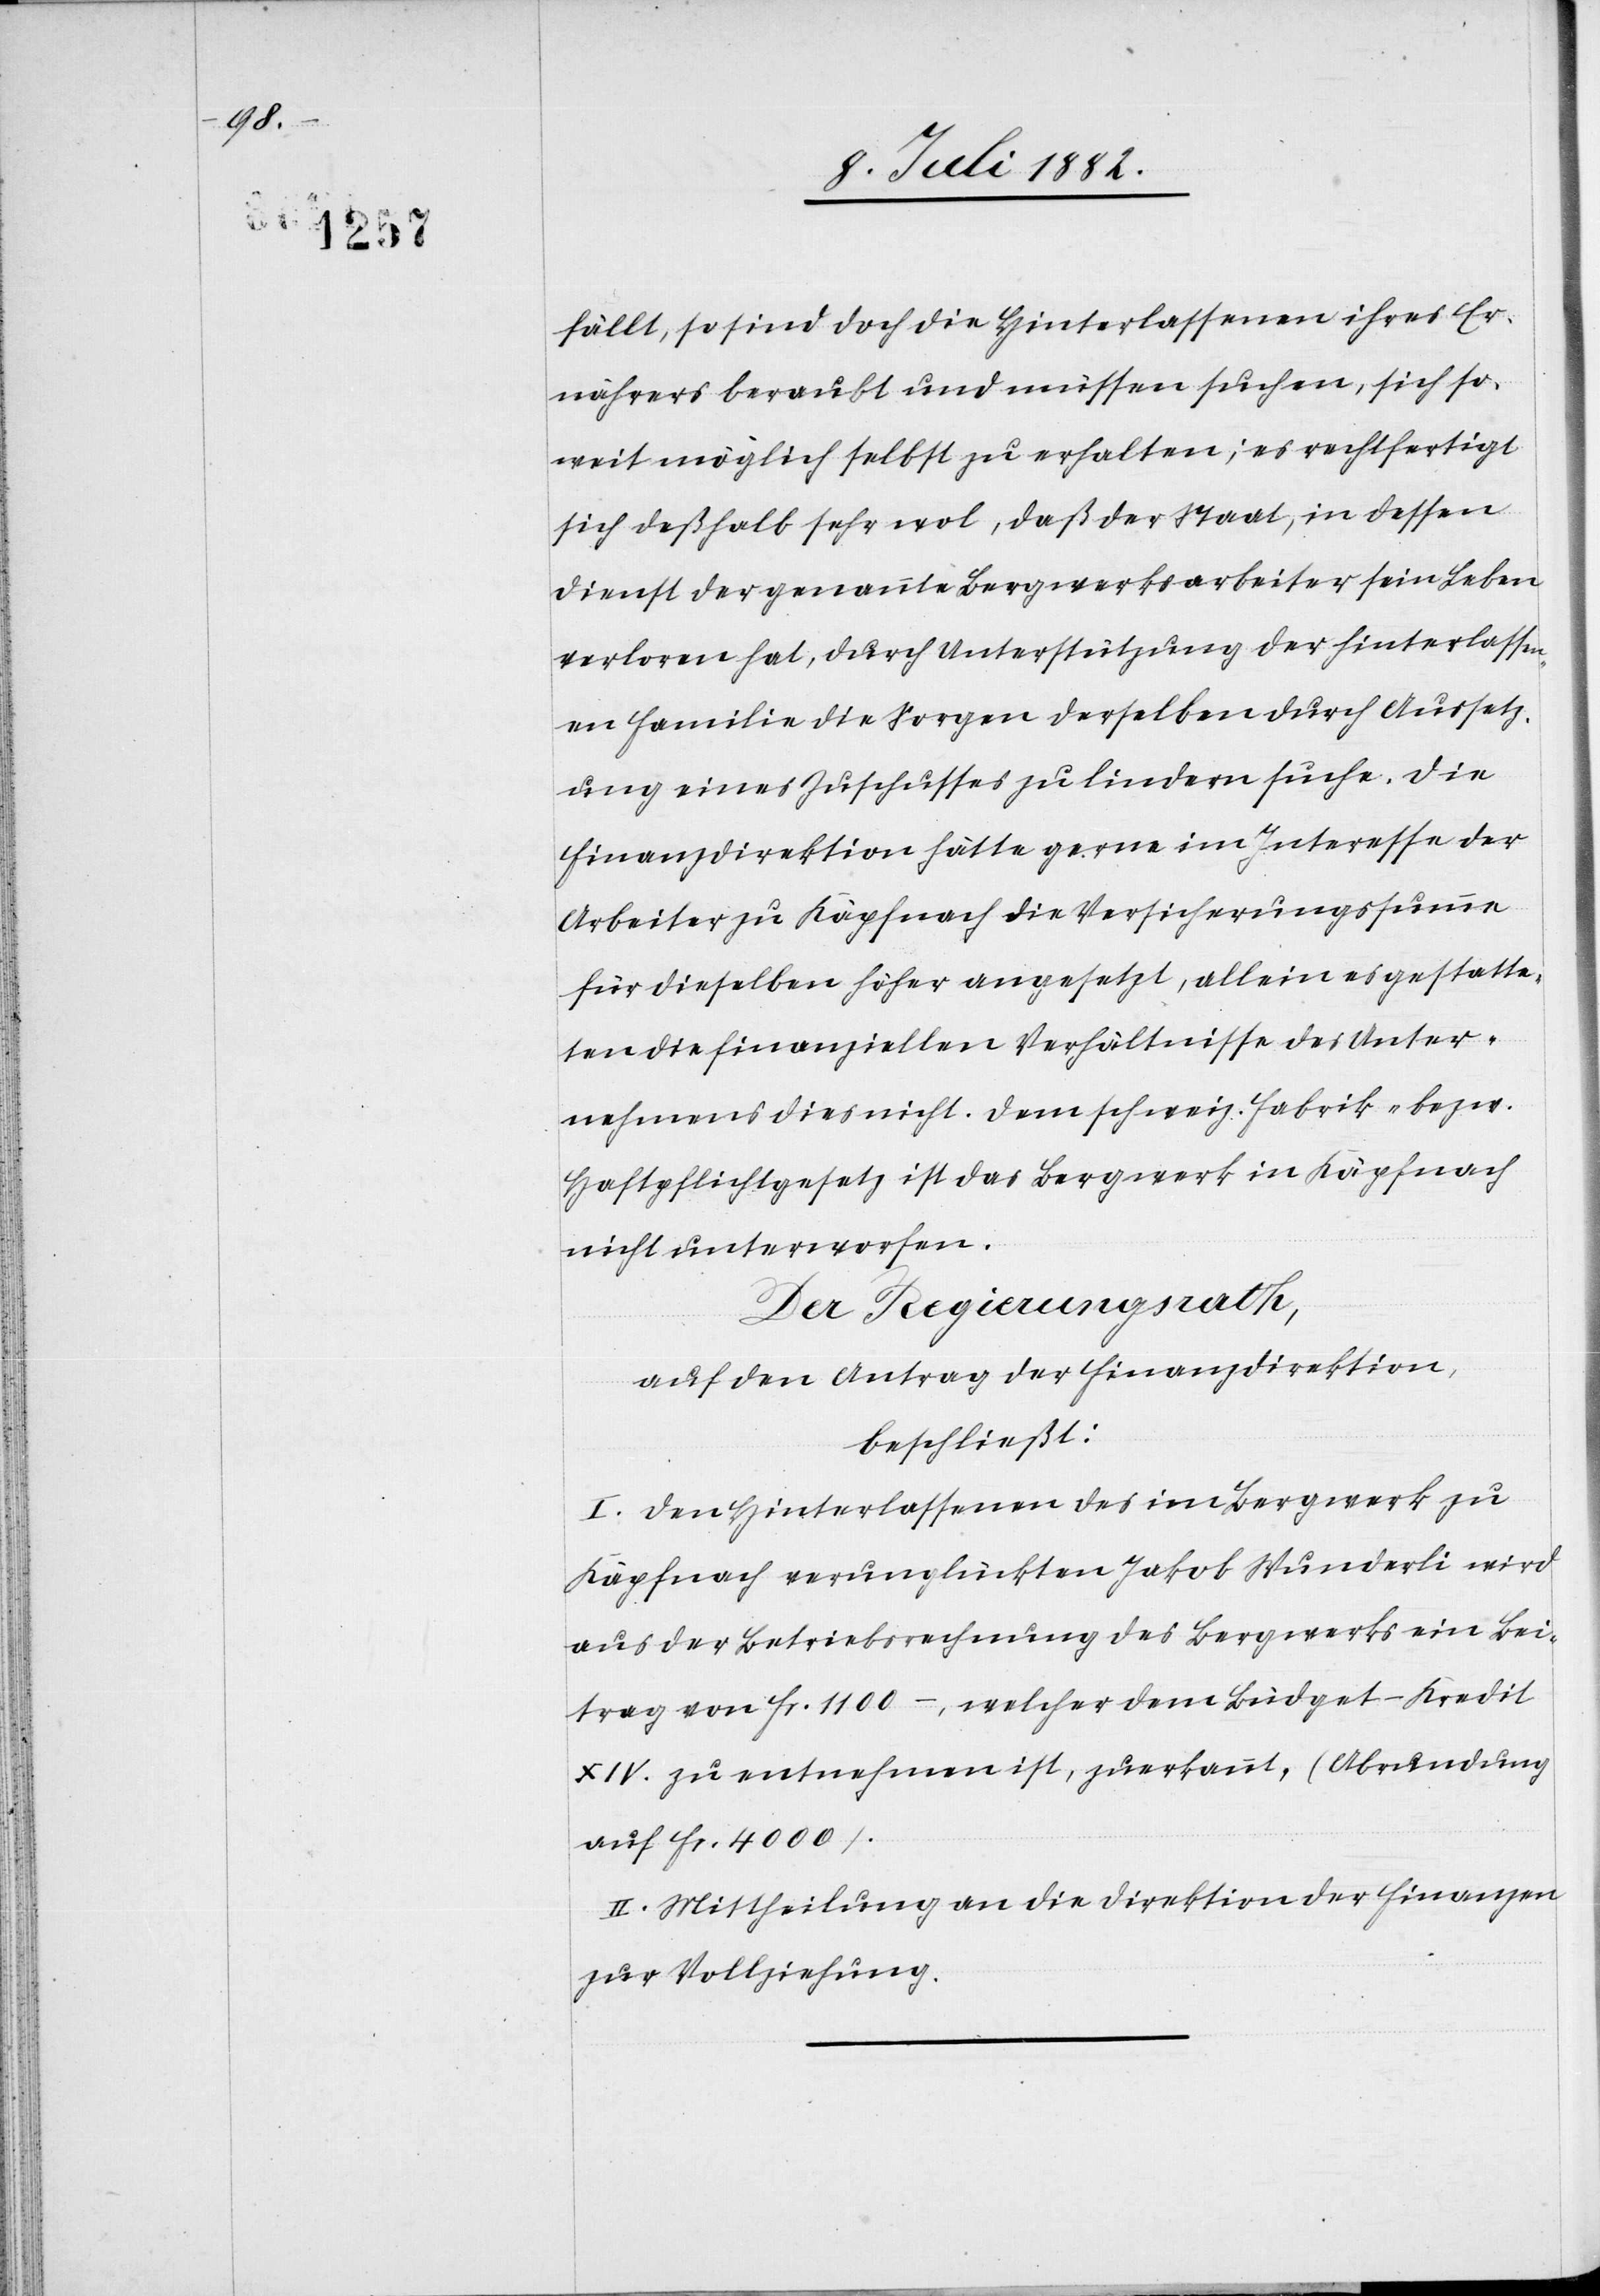
fällt, so sind doch die Hinterlassenen ihres Er¬
nährers beraubt und müssen suchen, sich so¬
weit möglich selbst zu erhalten; es rechtfertigt
sich deßhalb sehr wol, daß der Staat, in dessen
Dienst der genannte Bergwerksarbeiter sein Leben
verloren hat, durch Unterstützung der Hinterlassen¬
en Familie die Sorgen derselben durch Aussetz¬
ung eines Zuschusses zu lindern suche. Die
Finanzdirektion hätte gerne im Interesse der
Arbeiter zu Käpfnach die Versicherungssumme
für dieselben höher angesetzt, allein es gestatte¬
ten die finanziellen Verhältnisse des Unter¬
nehmens dies nicht. Dem schweiz. Fabrik- bezw.
Haftpflichtgesetz ist das Bergwerk in Käpfnach
nicht unterworfen.
Der Regierungsrath,
auf den Antrag der Finanzdirektion,
beschließt:
I. Den Hinterlassenen des im Bergwerk zu
Käpfnach verunglückten Jakob Wunderli wird
aus der Betriebsrechnung des Bergwerks ein Bei¬
trag von Fr. 1100 –, welcher dem Büdget-Kredit
XIV. zu entnehmen ist, zuerkannt, (Abrundung
auf Fr. 4000).
II. Mittheilung an die Direktion der Finanzen
zur Vollziehung.